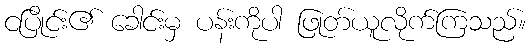
ငပြိုင်း၏ ခေါင်းမှ ပန်းကိုပါ ဖြုတ်ယူလိုက်ကြသည်။